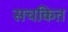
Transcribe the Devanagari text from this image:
सचकित